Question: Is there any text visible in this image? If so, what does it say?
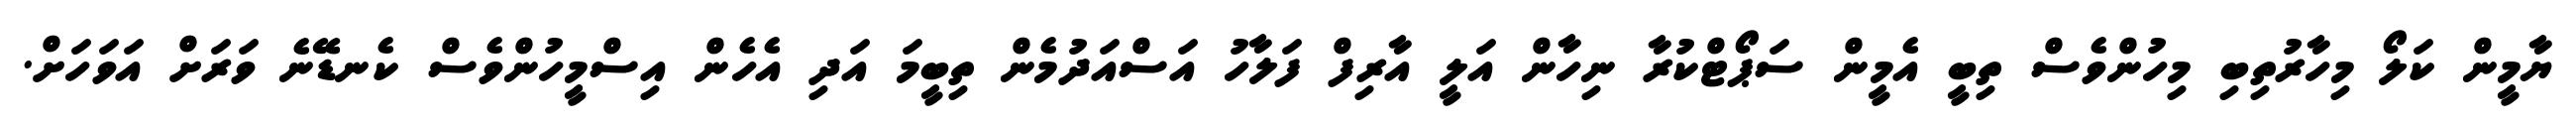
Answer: ޔާމީން ކަލޯ މިހާރުތިބި މިހުންވެސް ތިބީ އެމީން ސަޕޯޓްކުރާ ނިހާން އަލީ އާރިފް ފަލާހު އަސްއަދުމެން ތިބީމަ އަދި އެހެން އިސްމީހުންވެސް ކެނޑޭނެ ވަރަށް އަވަހަށް.